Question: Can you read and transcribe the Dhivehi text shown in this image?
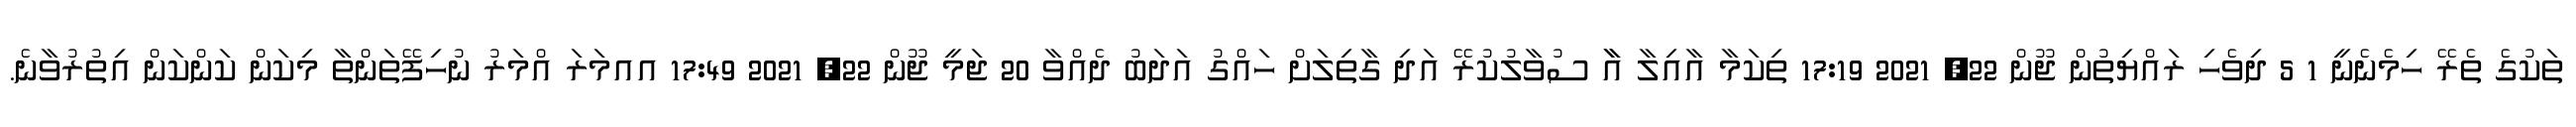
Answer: ތަކުގެ ތެރޭ ހިމެނެނީ 1 5 ދިވެހި ރައްޔިތުން ޖޫން 22, 2021 17:19 ތިކަމާ އާއިލާ އާާ ސުވާލުކުރޭ އަދި ގާތިލަށް ހައްގު އަދަބު ދެއްވާ 20 ޖަމީ ޖޫން 22, 2021 17:49 އއމަރަ އްމަރު ނުހިފޭތަންތާ މިކަން ކަންކަން އިތުރުވާނެ.